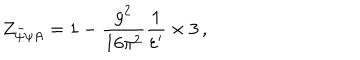
LaTeX: Z _ { \bar { \psi } \psi A } = 1 - \frac { g ^ { 2 } } { 1 6 \pi ^ { 2 } } \frac { 1 } { \varepsilon ^ { \prime } } \times 3 \, ,